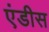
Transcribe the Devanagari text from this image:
एंडीस